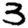
Digit: 3